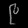
Digit: ၉